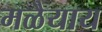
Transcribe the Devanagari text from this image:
मळैयाय